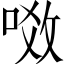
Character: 𠶂